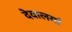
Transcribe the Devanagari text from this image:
देवालयां